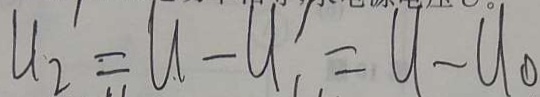
U _ { 2 } = U - U _ { 1 } = U - U _ { 0 }